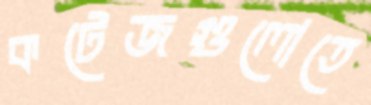
কটেজগুলোতে